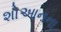
શોઆનના